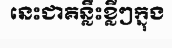
នេះជាគន្លឹះខ្លីៗក្នុង